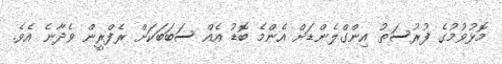
މޮޅުވުމުގެ ފުރުސަތު އިންގްލެންޑަށް އެންމެ ބޮޑު އެއް ސަބަބަކަށް ރެފްރީން ވެދާނެ އެވެ.